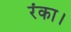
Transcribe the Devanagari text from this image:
रंका।